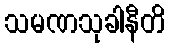
သမဏသုခါနီတိ